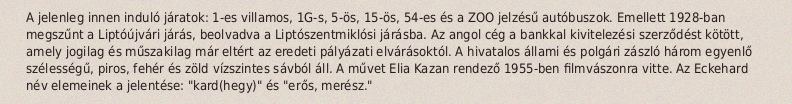
A jelenleg innen induló járatok: 1-es villamos, 1G-s, 5-ös, 15-ös, 54-es és a ZOO jelzésű autóbuszok. Emellett 1928-ban megszűnt a Liptóújvári járás, beolvadva a Liptószentmiklósi járásba. Az angol cég a bankkal kivitelezési szerződést kötött, amely jogilag és műszakilag már eltért az eredeti pályázati elvárásoktól. A hivatalos állami és polgári zászló három egyenlő szélességű, piros, fehér és zöld vízszintes sávból áll. A művet Elia Kazan rendező 1955-ben filmvászonra vitte. Az Eckehard név elemeinek a jelentése: "kard(hegy)" és "erős, merész."